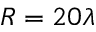
R = 2 0 \lambda